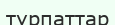
тұрпаттар